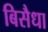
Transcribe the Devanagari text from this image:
बिसैधा